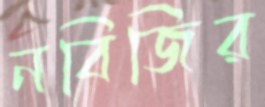
নবিজির